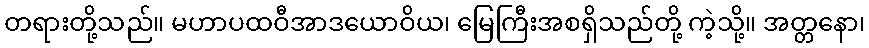
တရားတို့သည်။ မဟာပထဝီအာဒယောဝိယ၊ မြေကြီးအစရှိသည်တို့ ကဲ့သို့။ အတ္တနော၊